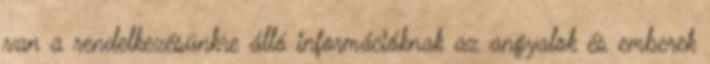
van a rendelkezésünkre álló információknak az angyalok és emberek